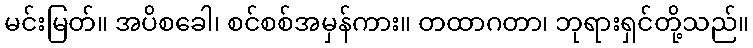
မင်းမြတ်။ အပိစခေါ၊ စင်စစ်အမှန်ကား။ တထာဂတာ၊ ဘုရားရှင်တို့သည်။